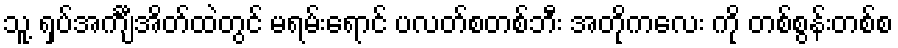
သူ့ ရှပ်အင်္ကျီအိတ်ထဲတွင် မရမ်းရောင် ပလတ်စတစ်ဘီး အတိုကလေး ကို တစ်စွန်းတစ်စ